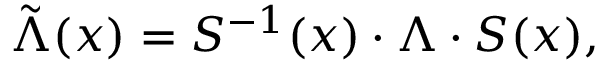
\tilde { \Lambda } ( x ) = S ^ { - 1 } ( x ) \cdot \Lambda \cdot S ( x ) ,